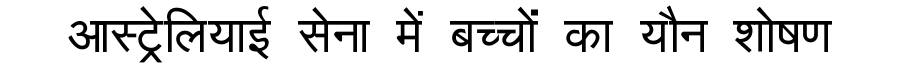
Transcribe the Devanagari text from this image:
आस्ट्रेलियाई सेना में बच्चों का यौन शोषण